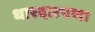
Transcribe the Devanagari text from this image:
धारदारपणा